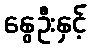
နွေဦးနှင့်